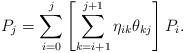
LaTeX: \begin{align*}P_j = \sum_{i=0}^{j}\left[ \sum_{k=i+1}^{j+1} \eta_{ik} \theta_{kj} \right] P_i .\end{align*}